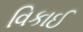
વિકાઈ